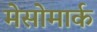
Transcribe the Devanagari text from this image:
मेसोमार्क